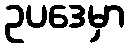
ဥပဒေမှာ